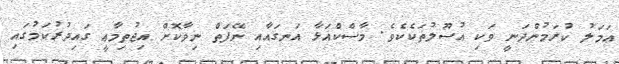
ޢަމަލު ކުރަމުންދަނީ ވަކި އުސޫލުތަކެކެވެ. މާސްކްއަޅާ އަނގައާއި ނޭފަތް ނިވާކޮށް އިޖުތިމާޢީ ގައިދުރުކަމުގައި